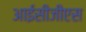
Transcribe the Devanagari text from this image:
आईसीजीएस